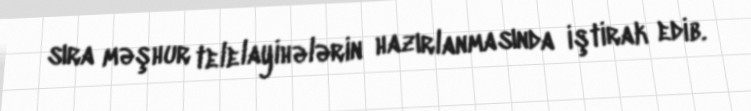
sıra məşhur telelayihələrin hazırlanmasında iştirak edib.